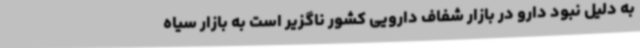
به دلیل نبود دارو در بازار شفاف دارویی کشور ناگزیر است به بازار سیاه